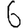
Digit: 6